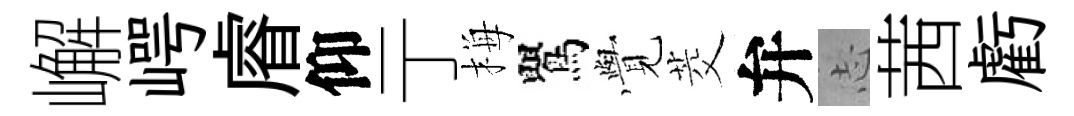
嶰崿𥈠仰亍梅鸎𮗜茭弁𢖽茜虧